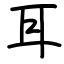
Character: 耳